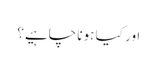
اور کیا ہونا چاہیے؟